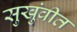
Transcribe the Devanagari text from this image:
सुखुंवीत